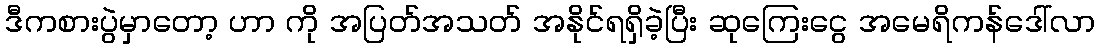
ဒီကစားပွဲမှာတော့ ဟာ ကို အပြတ်အသတ် အနိုင်ရရှိခဲ့ပြီး ဆုကြေးငွေ အမေရိကန်ဒေါ်လာ